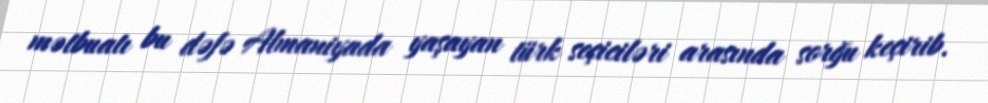
mətbuatı bu dəfə Almaniyada yaşayan türk seçiciləri arasında sorğu keçirib.